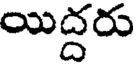
యిద్దరు